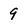
Character: 9